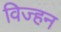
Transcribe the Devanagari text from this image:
विज्हन